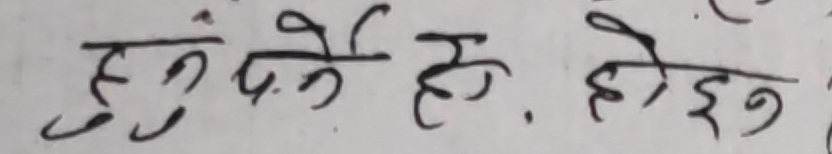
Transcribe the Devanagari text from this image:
हुनु पर्ने हो. होइन ।